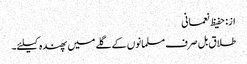
از: حفیظ نعمانی
طلاق بل صرف مسلمانوں کے گلے میں پھندہ کیلئے۔